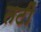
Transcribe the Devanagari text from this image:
तटीं